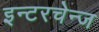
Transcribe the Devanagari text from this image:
इन्टरचेन्ज